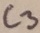
Text: C3